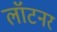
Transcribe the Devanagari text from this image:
लॉटनर